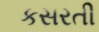
કસરતી